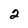
Character: 2